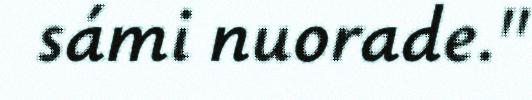
sámi nuorade."